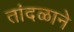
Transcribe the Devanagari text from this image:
तांदळाने